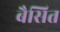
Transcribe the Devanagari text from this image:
बैसित